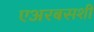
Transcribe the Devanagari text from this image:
एअरबसशी